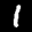
Label: 1